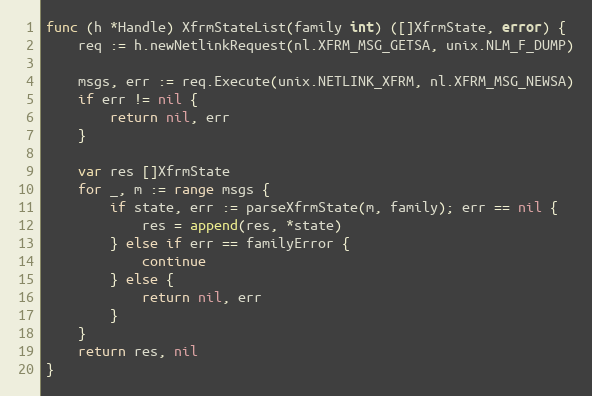
Language: Go
func (h *Handle) XfrmStateList(family int) ([]XfrmState, error) {
	req := h.newNetlinkRequest(nl.XFRM_MSG_GETSA, unix.NLM_F_DUMP)

	msgs, err := req.Execute(unix.NETLINK_XFRM, nl.XFRM_MSG_NEWSA)
	if err != nil {
		return nil, err
	}

	var res []XfrmState
	for _, m := range msgs {
		if state, err := parseXfrmState(m, family); err == nil {
			res = append(res, *state)
		} else if err == familyError {
			continue
		} else {
			return nil, err
		}
	}
	return res, nil
}